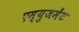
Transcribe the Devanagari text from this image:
एम्‍युजमेंट